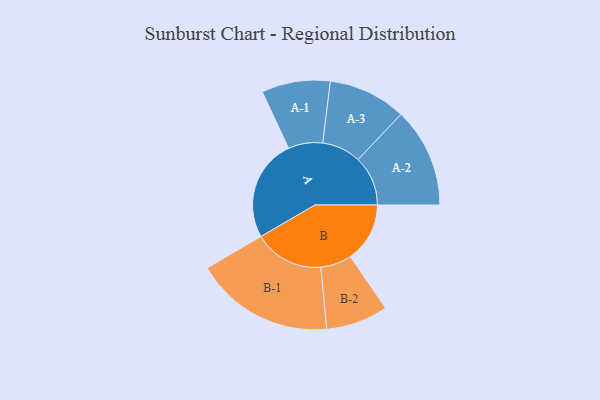
{"axis": {"x": "Segment", "y": "Value"}, "legend": ["", "A", "B"], "data": [{"x": "A", "y": 348, "type": ""}, {"x": "B", "y": 203, "type": ""}, {"x": "A-1", "y": 117, "type": "A"}, {"x": "A-2", "y": 170, "type": "A"}, {"x": "A-3", "y": 133, "type": "A"}, {"x": "B-1", "y": 238, "type": "B"}, {"x": "B-2", "y": 106, "type": "B"}]}